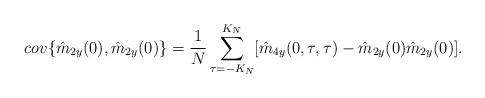
LaTeX: \begin{align*}cov\{\hat{m}_{2y}(0),\hat{m}_{2y}(0)\} = \frac{1}{N}\sum_{\tau = -K_N}^{K_N}[\hat{m}_{4y}(0,\tau,\tau) - \hat{m}_{2y}(0)\hat{m}_{2y}(0)].\quad\end{align*}